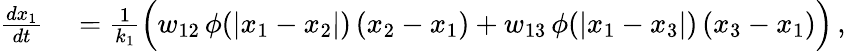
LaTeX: \begin{array}{rl}{\frac{dx_{1}}{dt}}&{{}=\frac{1}{k_{1}}\Big(w_{12}\, \phi(|x_{1}-x_{2}|)\, (x_{2}-x_{1})+w_{13}\, \phi(|x_{1}-x_{3}|)\, (x_{3}-x_{1})\Big)\, ,}\end{array}